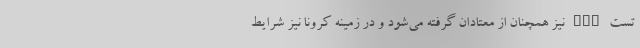
تست PCR نیز همچنان از معتادان گرفته می‌شود و در زمینه کرونا نیز شرایط